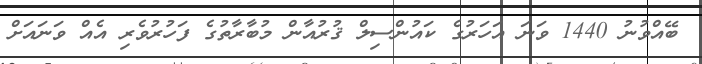
ބޭއްވުނު 1440 ވަނަ އަހަރުގެ ކައުންސިލް ޤުރުއާން މުބާރާތުގެ ފަހުރުވެރި އެއް ވަނައަށް